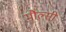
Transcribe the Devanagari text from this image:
मौल्सी